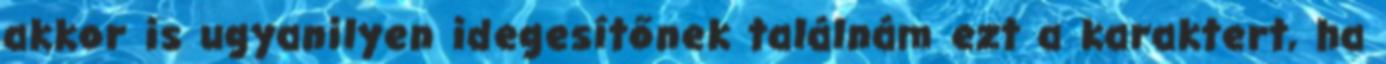
akkor is ugyanilyen idegesítőnek találnám ezt a karaktert, ha